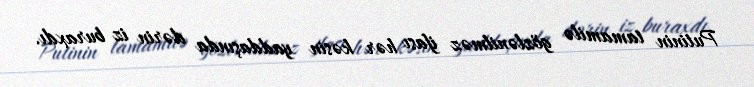
Putinin tamamilə gözlənilməz ifası hər kəsin yaddaşında dərin iz buraxdı.